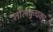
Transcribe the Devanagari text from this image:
तोलकुचका